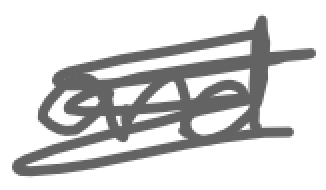
Text: and
Cross-out: scratch
Writing tool: digital_gray